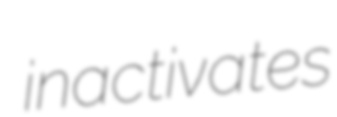
inactivates